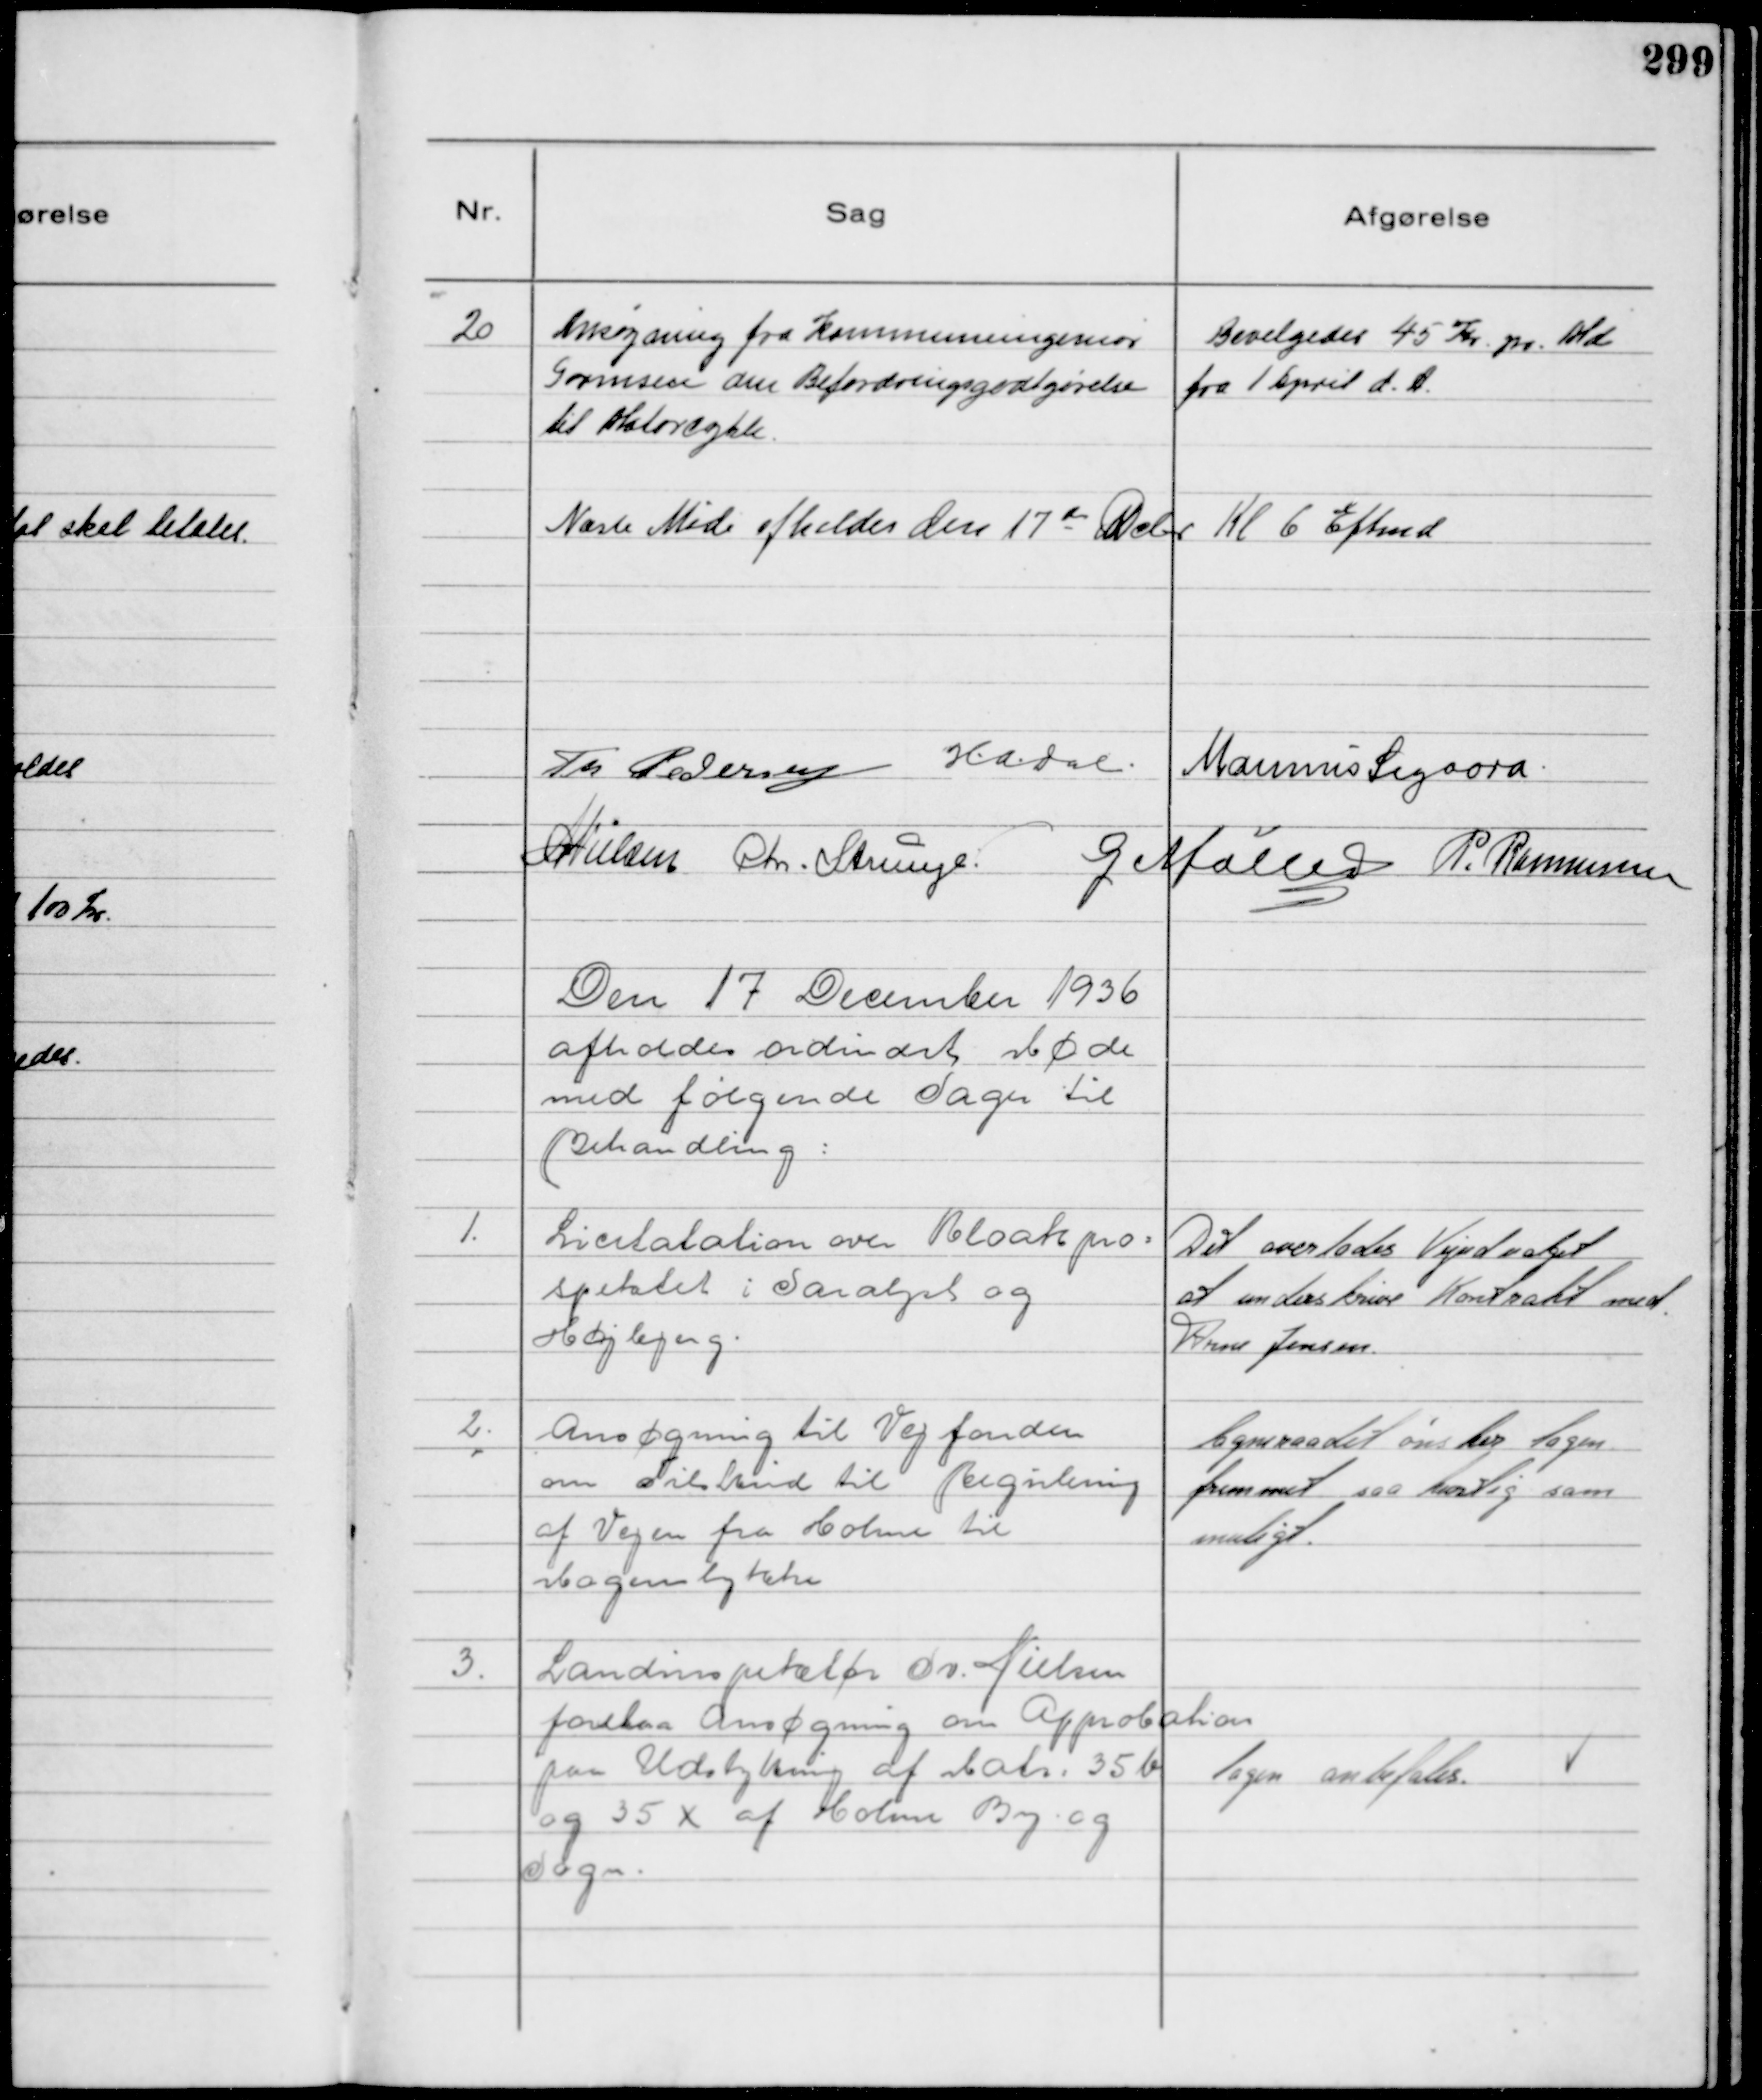
Transskription:
20
Ansøgning fra Kommuneingeniør
Gormsen om Befordringsgodtgørelse
til Motorcykle.

Bevilgedes 45 Kr. pr. Md
fra 1 April d. A.

Næste Møde afholdes den 17 de Dcbr Kl 6 Eftmd

Th Pedersen HADal Marinus Sigaard
NNielsen Chr. Strunge. G Møller P. Rasmussen

Den 17 December 1936
afholdes ordinært Møde
med følgende Sager til
Behandling:

1.
Licitation over Kloakpro-
spektet i Saralyst og
Højbjerg.

Det overlodes Vejudvalget
at underskrive Kontrakt med
Arne Jensen.

2.
Ansøgning til Vejfonden
om Tilskud til Regulering
af Vejen fra Holme til
Mogenslykke

Sogneraadet ønsker Sagen
fremmet saa hurtig som
muligt.

3.
Landinspektør Sv. Nielsen
forelaa Ansøgning om Approbation
paa Udstykning af Matr. 35 b
og 35 x af Holme By og
Sogn

Sagen anbefales.